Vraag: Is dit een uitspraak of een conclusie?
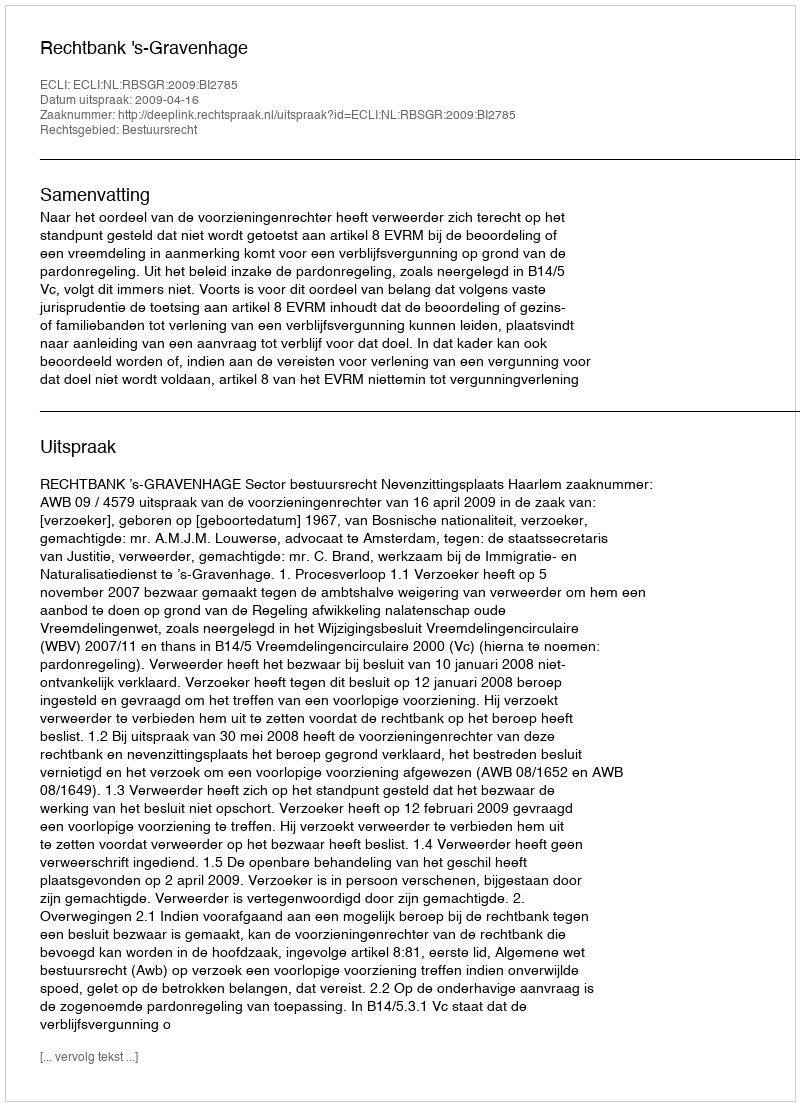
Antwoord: Uitspraak